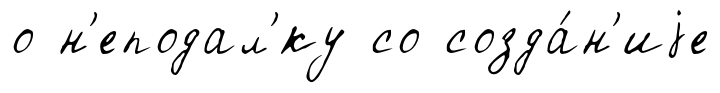
о н'еподал'́ку со созда́н'иjе